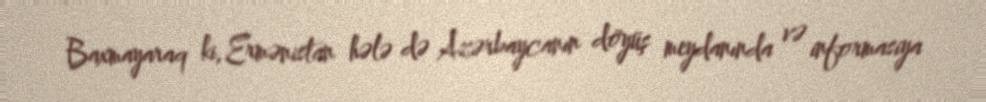
Baxmayaraq ki, Ermənistan hələ də Azərbaycanın döyüş meydanında və informasiya